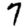
Digit: 7